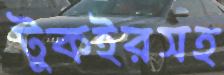
টুকইরসহ